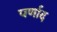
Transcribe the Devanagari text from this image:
पर्णाद